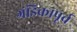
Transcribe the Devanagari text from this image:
गंडिकापूर्व